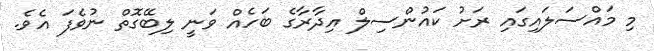
މި މައްސަލައިގައި ރަށު ކައުންސިލް އިދާރާގެ ބަހެއް ވަނީ ލިބޭގޮތް ނުވެފަ އެވެ.